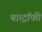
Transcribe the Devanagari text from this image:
था।ट्रॉफी